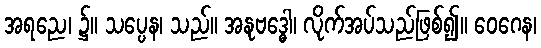
အရညေ၊ ၌။ သပ္ပေန၊ သည်။ အနုဗဒ္ဓေါ၊ လိုက်အပ်သည်ဖြစ်၍။ ဝေဂေန၊